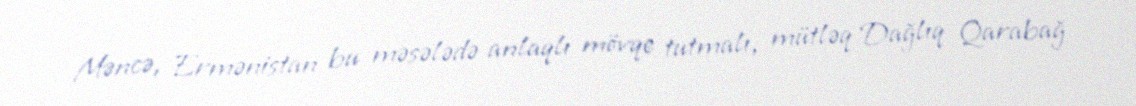
Məncə, Ermənistan bu məsələdə anlaqlı mövqe tutmalı, mütləq Dağlıq Qarabağ